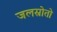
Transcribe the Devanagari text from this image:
जलस्रोतो